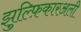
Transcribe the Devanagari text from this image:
झुल्फ़िकारअली